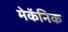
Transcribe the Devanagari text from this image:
मेकॅनिक